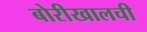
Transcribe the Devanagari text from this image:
बोरीखालची